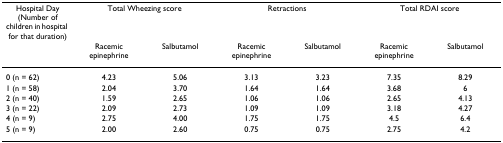
<table><thead><tr><td><b>Hospital Day (Number of children in hospital for that duration)</b></td><td colspan="2"><b>Total Wheezing score</b></td><td colspan="2"><b>Retractions</b></td><td colspan="2"><b>Total RDAI score</b></td></tr><tr><td></td><td><b>Racemic epinephrine</b></td><td><b>Salbutamol</b></td><td><b>Racemic epinephrine</b></td><td><b>Salbutamol</b></td><td><b>Racemic epinephrine</b></td><td><b>Salbutamol</b></td></tr></thead><tbody><tr><td>0 (n = 62)</td><td>4.23</td><td>5.06</td><td>3.13</td><td>3.23</td><td>7.35</td><td>8.29</td></tr><tr><td>1 (n = 58)</td><td>2.04</td><td>3.70</td><td>1.64</td><td>1.64</td><td>3.68</td><td>6</td></tr><tr><td>2 (n = 40)</td><td>1.59</td><td>2.65</td><td>1.06</td><td>1.06</td><td>2.65</td><td>4.13</td></tr><tr><td>3 (n = 22)</td><td>2.09</td><td>2.73</td><td>1.09</td><td>1.09</td><td>3.18</td><td>4.27</td></tr><tr><td>4 (n = 9)</td><td>2.75</td><td>4.00</td><td>1.75</td><td>1.75</td><td>4.5</td><td>6.4</td></tr><tr><td>5 (n = 9)</td><td>2.00</td><td>2.60</td><td>0.75</td><td>0.75</td><td>2.75</td><td>4.2</td></tr></tbody></table>